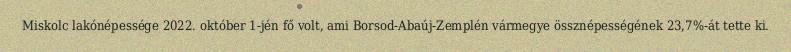
Miskolc lakónépessége 2022. október 1-jén fő volt, ami Borsod-Abaúj-Zemplén vármegye össznépességének 23,7%-át tette ki.